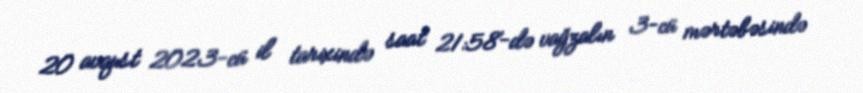
20 avqust 2023-cü il tarixində saat 21:58-də vağzalın 3-cü mərtəbəsində